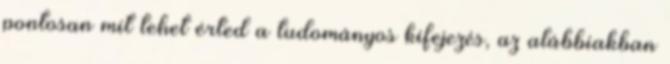
pontosan mit tehet érted a tudományos kifejezés, az alábbiakban